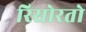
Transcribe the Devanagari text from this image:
रिसोरतो